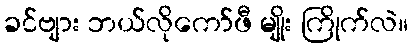
ခင်ဗျား ဘယ်လိုကော်ဖီ မျိုး ကြိုက်လဲ။